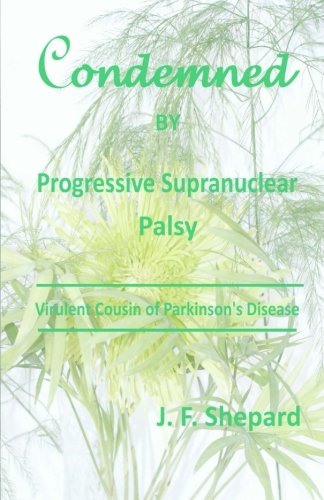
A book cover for Condemned by Progressive Supranuclear Palsy: Virulent Cousin of Parkinson's Disease; J. F. Shepard Ph.D.; Health, Fitness & Dieting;